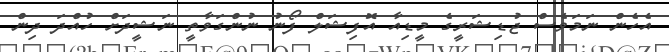
އެހެން ނަމަވެސް ޖުޑިޝަރީގެ މީޑިއާ އޮފިޝަލް ފޯނު ނުންގަވާތީ ނަޝީދަށް ހުއްދަ ދިން